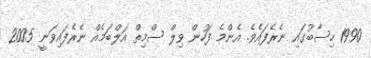
1990 ހިސާބުގައި ނެރެފައެވެ. އެންމެ ފަހުން ވިލް ސްމިތް އަލްބަމެއް ނެރެފައިވަނީ 2005